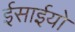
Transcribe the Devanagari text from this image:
ईसाईयो